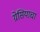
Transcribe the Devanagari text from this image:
ग्रेसियाचा